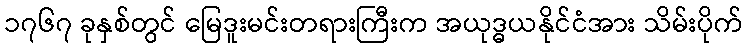
၁၇၆၇ ခုနှစ်တွင် မြေဒူးမင်းတရားကြီးက အယုဒ္ဓယနိုင်ငံအား သိမ်းပိုက်